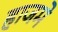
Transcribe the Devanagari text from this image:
हाजमे